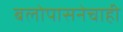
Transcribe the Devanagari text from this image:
बलोपासनेचाही